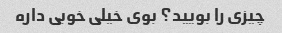
چیزی را بویید؟ بوی خیلی خوبی داره